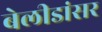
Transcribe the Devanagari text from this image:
बेलीडांसर